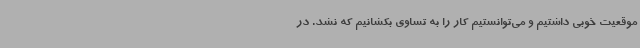
موقعیت خوبی داشتیم و می‌توانستیم کار را به تساوی بکشانیم که نشد. در